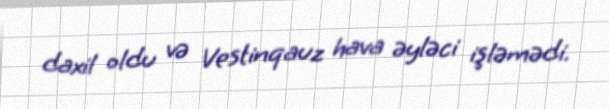
daxil oldu və Vestinqauz hava əyləci işləmədi.